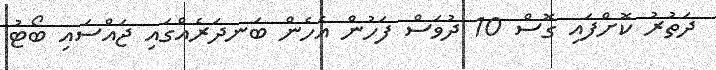
ދަތުރު ކޮށްފައި ގޮސް 10 ދުވަސް ފަހުން އެހެން ބަނދަރެއްގައި ޖައްސައި ބޯޓު